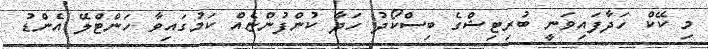
މި ކޭކް ހަދާފައިވަނީ ބުރިޓިޝްގެ ބިސްކޯދު ހަދާ ކުންފުންޏެއް ކަމުގައިވާ ހަންޓްލޭ އެންޑު